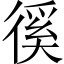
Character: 徯